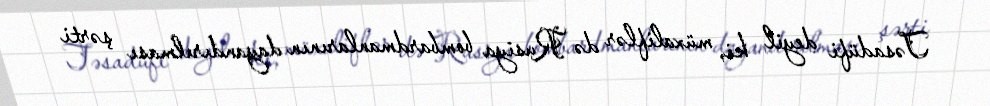
Təsadüfi deyil ki, müxaliflər də Rusiya bombardmanlarının dayandırılması şərti